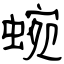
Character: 蜿